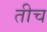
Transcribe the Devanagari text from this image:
तीच